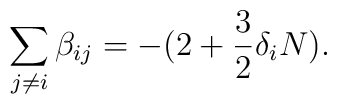
\sum_{j\neq i} \beta_{ij} = - ( 2 + \frac{3}{2} \delta_{i} N ).